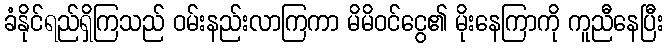
ခံနိုင်ရည်ရှိကြသည် ဝမ်းနည်းလာကြကာ မိမိဝင်ငွေ၏ မိုးနေကြာကို ကူညီနေပြီး